Report on lock hospitals in British Burma
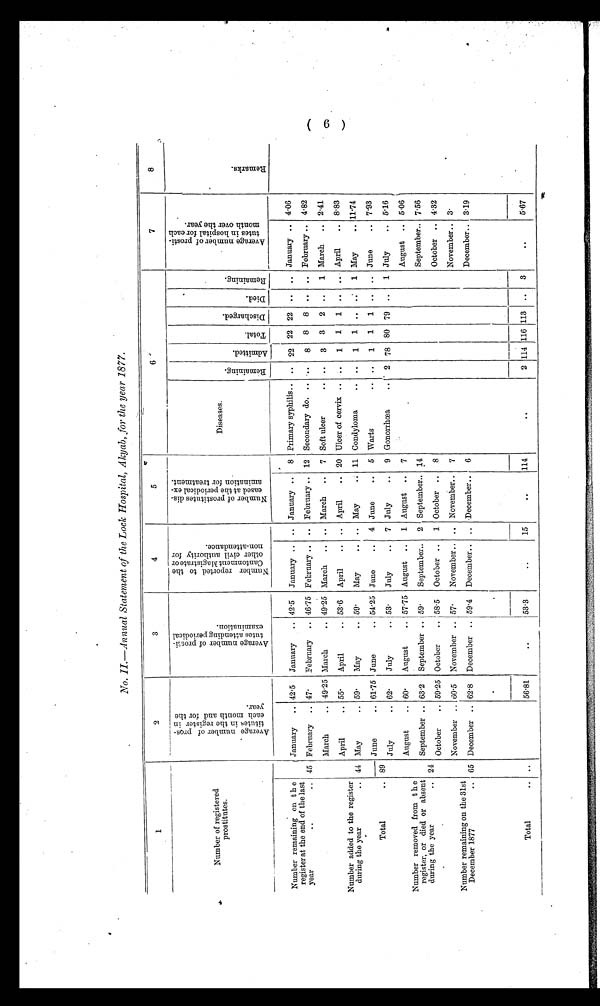
No. II.-Annual Statement of the Lock Hospital, Akyab, for the year 1877.
1
2
3
4
5
6
7
8
Number of registered
prostitutes.
A v e r a g e n u m b e r o f p r o s -
t i t u t e s i n t h e r e g i s t e r i n
e a c h m o n t h a n d f o r t h e
y e a r .
A v e r a g e n u m b e r o f p r o s t i -
t u t e s a t t e n d i n g p e r i o d i c a l
e x a m i n a t i o n .
N u m b e r r e p o r t e d t o t h e
C a n t o m e n t M a g i s t r a t e o r
o t h e r c i v i l a u t h o r i t y f o r
n o n - a t t e n d a n c e .
N u m b e r o f p r o s t i t u t e s d i s -
e a s e d a t t h e p e r i o d i c a l e x -
a m i n a t i o n f o r t r e a t m e n t .
Diseases.
Re ma i ni ng
Ad mi t t e d .
Tot al .
Di s c ha r ge d.
Di e d.
Re ma i ni ng.
A v e r a g e n u m b e r o f p r o s t -
i t u t e s i n h o s p i t a l f o r e a c h
m o n t h o v e r t h e y e a r .
R e m a r k s .
Number remaining on the
register at the end of the last
year
..
January .. 42.5 January .. 42.5 January .. .. January .. 8 Primary syphilis .. .. 22 22 22 .. .. January .. 4.06
45 February .. 47.
February .. 46.75 February .. .. February .. 12 Secondary do. .. ..
8 8 8 .. .. February .. 4.82
March
.. 49.25 March
.. 49.25 March .. .. March .. 7 Soft ulcer
... .. 3 3 2 ..
1 March .. 2.41
Number added to the register
during the year
..
April
.. 55.
April
.. 53.6 April
.. .. April
.. 20 Ulcer of cervix .. ..
1 1 1 .. .. April
.. 8.83
44 May
.. 59.
May
.. 59.
May
.. .. May
11 Condyloma
.. ..
1 1 .. ..
1 May
.. 11.74
June
.. 61.75 June
.. 54.25 June
.. 4 June
.. 5 Warts
.. ..
1 1 1 .. .. June
.. 7.93
Total
. .
--
89
July
.. 62.
July
.. 53.
July
.. 7 July
.. 9 Gonorrhœa
.. 2 78 80 79 ..
1 July
.. 5.16
August
.. 60.
August
.. 57.75 August .. 1 August .. 7
August .. 5.06
Number removed from the
register, or died or absent
during the year
..
September .. 63.2 September .. 59.
September.. 2 September.. 14
September.. 7.56
24
October
.. 59.25 October
.. 58.5 October .. 1 October .. 8
October .. 4.32
November .. 60.5 November .. 57.
November .. .. November.. 7
November.. 3.
Number remaining on the 31st
December 1877
.. 65 December .. 62.8 December .. 59.4 December.. .. December.. 6
December.. 3.19
Total
.. ..
56.81
. .
53.3
..
15
..
114
. .
2 114 116 113 .. 3
. . 5.67
( 6 )